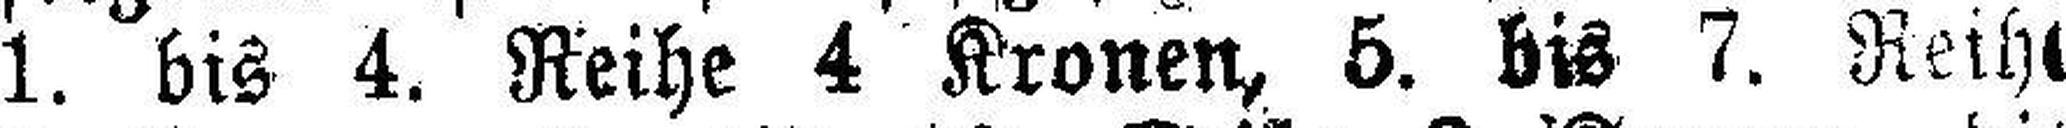
1. bis 4. Reihe 4 Kronen, 5. bis 7. Reihe